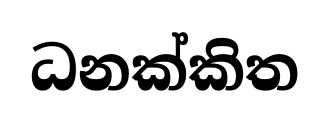
ධනක්කිත